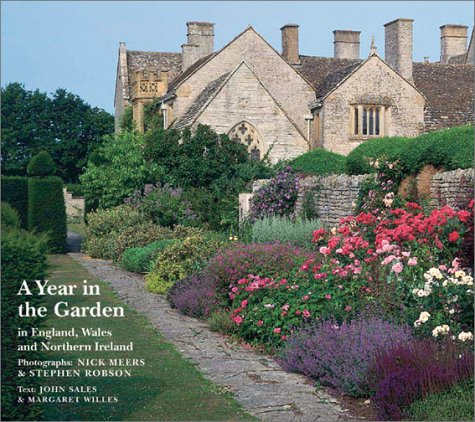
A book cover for A Year in the Garden: In England, Wales and Northern Ireland; John Sales; Crafts, Hobbies & Home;